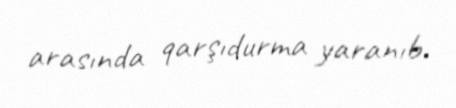
arasında qarşıdurma yaranıb.